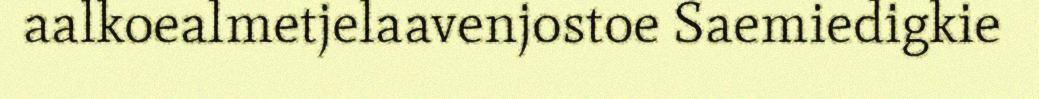
aalkoealmetjelaavenjostoe Saemiedigkie